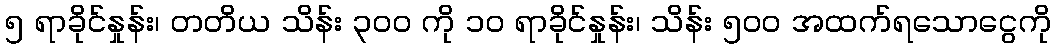
၅ ရာခိုင်နှုန်း၊ တတိယ သိန်း ၃၀၀ ကို ၁၀ ရာခိုင်နှုန်း၊ သိန်း ၅၀၀ အထက်ရသောငွေကို